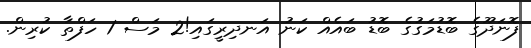
ފޮނަދޫގެ ބޮޑުމަގުގެ ބޮޑު ބައެއް ކަނު އަނދިރީގައި!2 މަސް 1 ހަފްތާ ކުރިން.